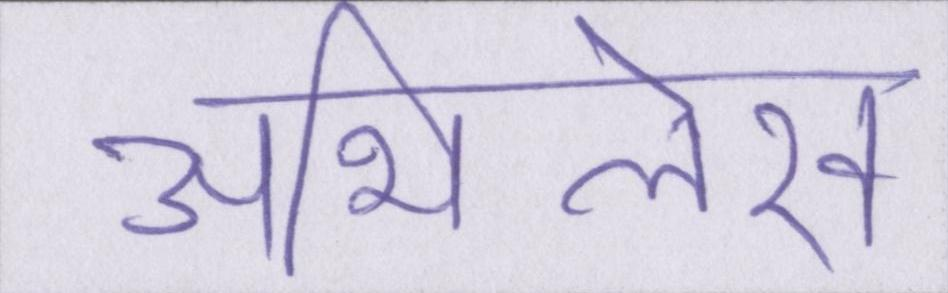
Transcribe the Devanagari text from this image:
अभिलेख